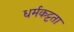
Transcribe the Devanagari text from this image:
धर्मकट्टता